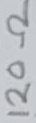
Text: 120Ω